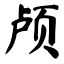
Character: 颅